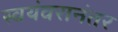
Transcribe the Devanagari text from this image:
स्वयंवरानंतर